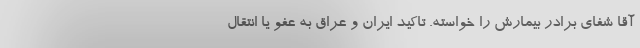
آقا شفای برادر بیمارش را خواسته. تاکید ایران و عراق به عفو یا انتقال